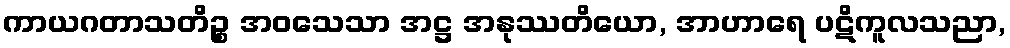
ကာယဂတာသတိဉ္စ အဝသေသာ အဋ္ဌ အနုဿတိယော, အာဟာရေ ပဋိကူလသညာ,